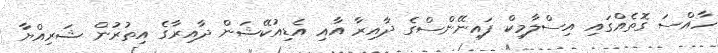
ހާއްސަ ގޮތެއްގައި އިސްލާމިކް ފައިނޭންސްގެ ދާއިރާ އާއި އެޑިއުކޭޝަން ދާއިރާގެ އިތުރުން ޝަރިއްޔާ